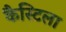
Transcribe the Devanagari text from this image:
कैस्टिला